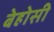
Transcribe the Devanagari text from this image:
बेहोसी